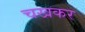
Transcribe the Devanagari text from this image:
चखकर